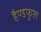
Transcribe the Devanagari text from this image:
हैण्डफुल